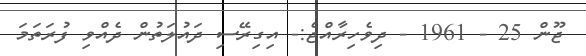
ޖޫން 25 - 1961 - ދިވެހިރާއްޖެ:- އިގިރޭސި ދައުލަތުން ދެއްވި ފުރަތަމަ